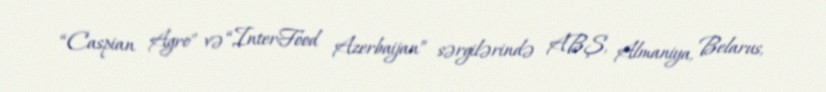
“Caspian Agro” və “InterFood Azerbaijan” sərgilərində ABŞ, Almaniya, Belarus,